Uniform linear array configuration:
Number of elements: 48
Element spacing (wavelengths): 0.5
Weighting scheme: binomial
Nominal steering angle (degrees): -15
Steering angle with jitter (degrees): -14.79
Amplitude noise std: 0.05
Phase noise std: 0.05

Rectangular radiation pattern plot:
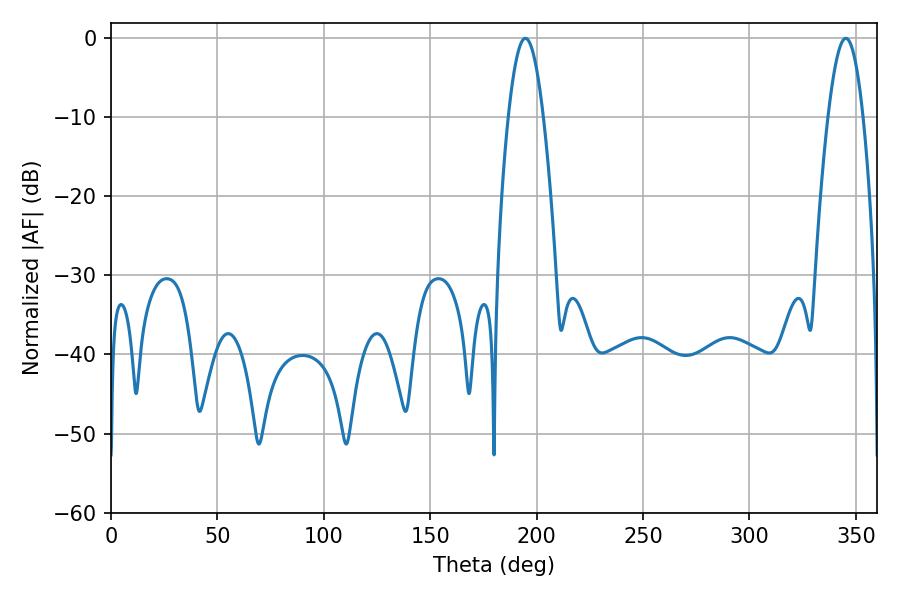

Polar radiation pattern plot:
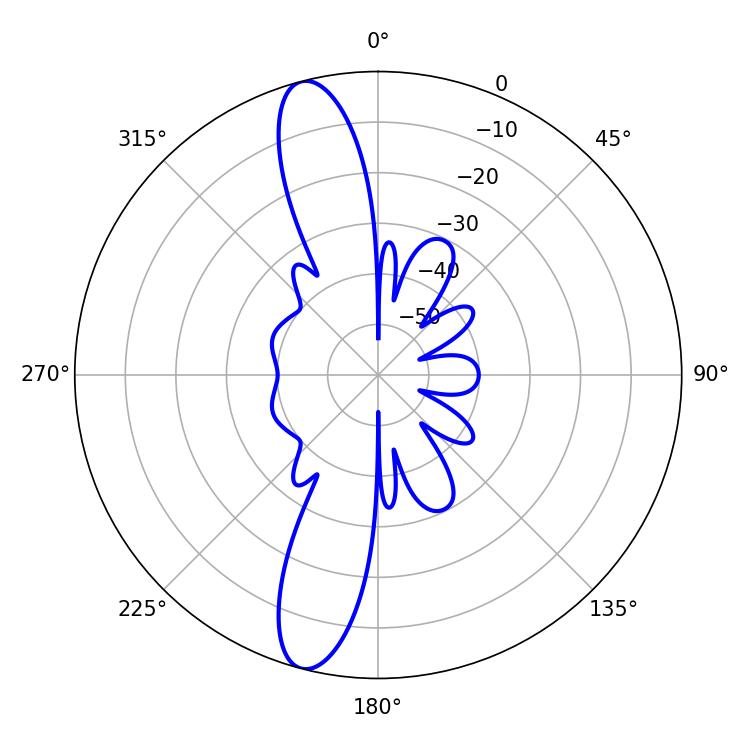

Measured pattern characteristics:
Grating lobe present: FALSE
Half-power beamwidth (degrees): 9
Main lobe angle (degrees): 194.76